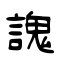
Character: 謉